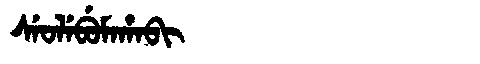
Manchu: ᠰᡝᠣᠯᡝᠪᡠᠮᠠᡥᠠᠪᡳ
Romanization: SEOLEBUMAHABI